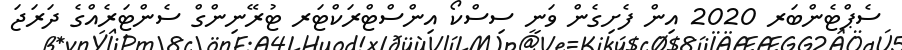
ސެޕްޓެންބަރ 2020 އިން ފެށިގެން ވަނީ ސިސްކޯ އިންސްޓްރަކްޓަރ ޓުރޭނިންގް ސެންޓަރެއްގެ ދަރަޖަ